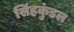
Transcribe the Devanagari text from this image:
सिंहकुंडल